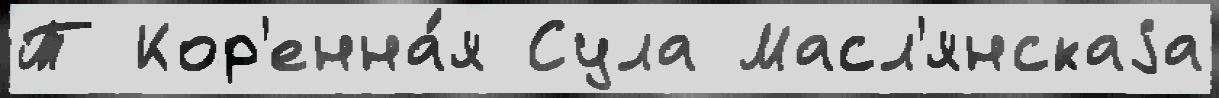
Т Кор'енна́я Сула Масл'янскаjа